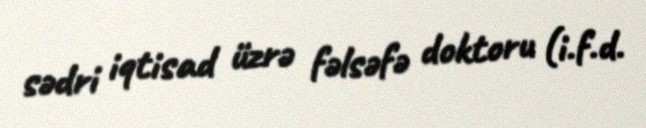
sədri iqtisad üzrə fəlsəfə doktoru (i.f.d.